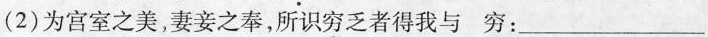
(2)为宫室之美，妻妾之奉，所识穷乏者得我与穷：___